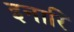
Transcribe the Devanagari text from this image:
इनारि